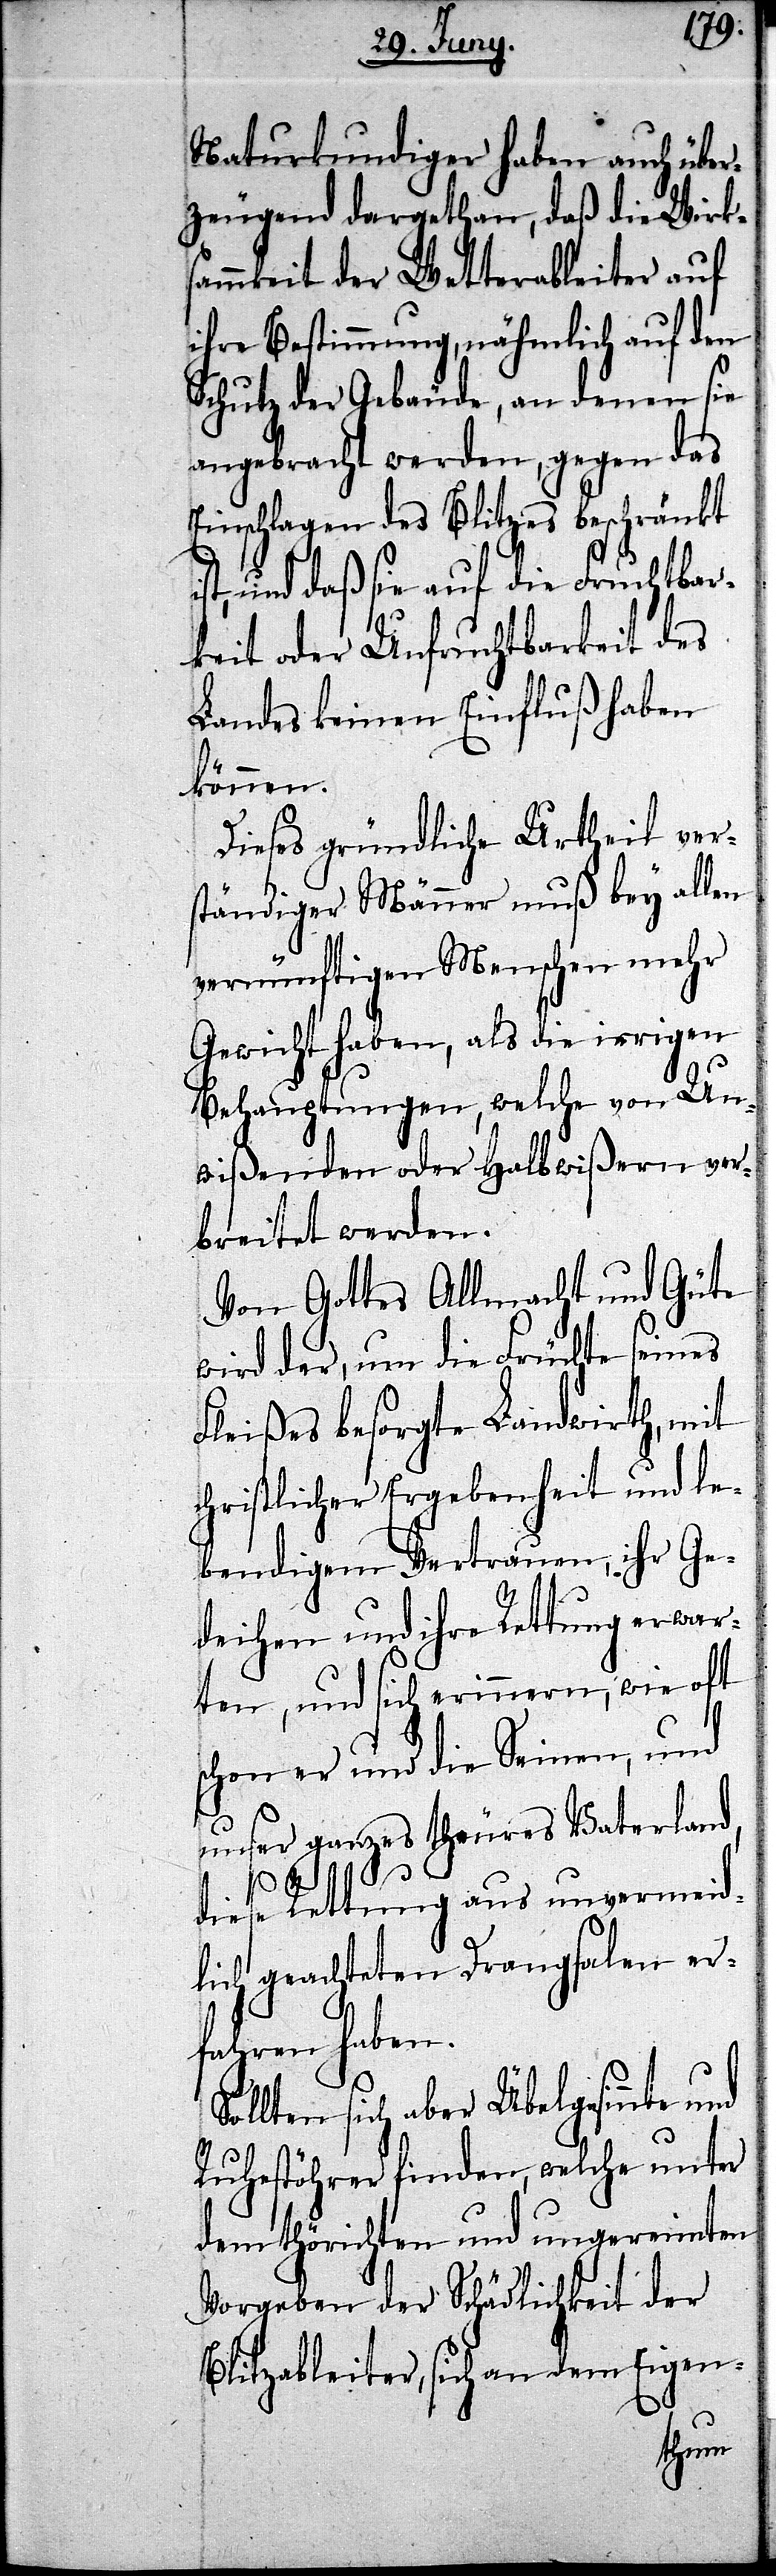
Naturkundiger haben
le¬
zeugend dargethan, daß die Wirk¬
sammkeit der Wetterableiter auf
ihre Bestimmung, nähmlich auf den
Schutz der Gebäude, an denen sie
angebracht werden, gegen das
Einschlagen des Blitzes beschränkt
st, und daß sie auf die Fruchtbar¬
keit oder Unfruchtbarkeit des
Landes keinen Einfluß haben
können.
Dieses gründliche Urtheil ver¬
ständiger Männer muß bey allen
vernünftigen Menschen mehr
Gewicht haben, als die irrigen
Behauptungen, welche von Un¬
wißenden oder Halbwißern
breitet werden.
Von Gottes Allmacht und Güte
wird der, um die Früchte seines
Fleißes besorgte Landwirth, mit
christlicher Ergebenheit und
bendigem Vertrauen, ihr Ge¬
deihen und ihre Rettung erwa¬
rten, und sich erinnern, wie
und
schon er und die Seinen,
unser ganzes theures Vaterland,
diese Rettung aus unvermei¬
dlich geachteten Drangsalen er¬
fahren haben.
Sollten sich aber Übelgesinnte
Ruhestörer finden, welche unter
dem thörichten und ungereimten
Vorgeben der Schädlichkeit der
Blitzableiter, sich an dem Eigen-